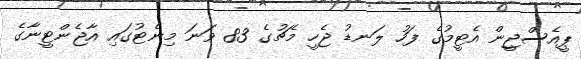
ޕީއެސްޖީން އެޓީމުގެ ފަހު ލަނޑު ޖެހީ މެޗުގެ 83 ވަނަ މިނެޓުގައި އާޖެންޓީނާގެ